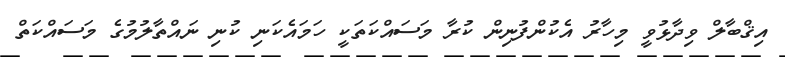
އިޤްބާލް ވިދާޅުވީ މިހާރު އެކުންފުނިން ކުރާ މަސައްކަތަކީ ހަމައެކަނި ކުނި ނައްތާލުމުގެ މަސައްކަތް